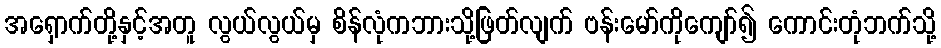
အရှောက်တို့နှင့်အတူ လွယ်လွယ်မှ စိန်လုံကဘားသို့ဖြတ်လျက် ဗန်းမော်ကိုကျော်၍ ကောင်းတုံဘက်သို့